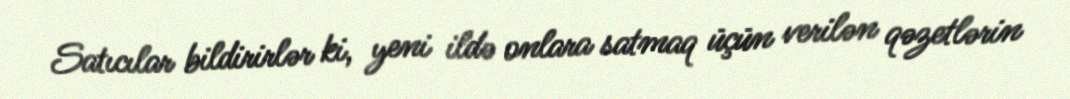
Satıcılar bildirirlər ki, yeni ildə onlara satmaq üçün verilən qəzetlərin